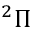
^ 2 { \Pi }